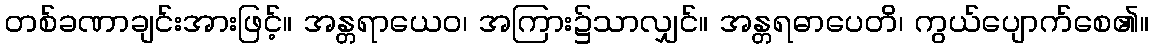
တစ်ခဏာချင်းအားဖြင့်။ အန္တရာယေဝ၊ အကြား၌သာလျှင်။ အန္တရဓာပေတိ၊ ကွယ်ပျောက်စေ၏။